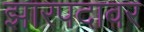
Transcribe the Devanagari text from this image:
झारपदावर